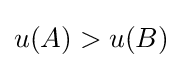
u(A)>u(B)